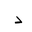
Letter: _dal